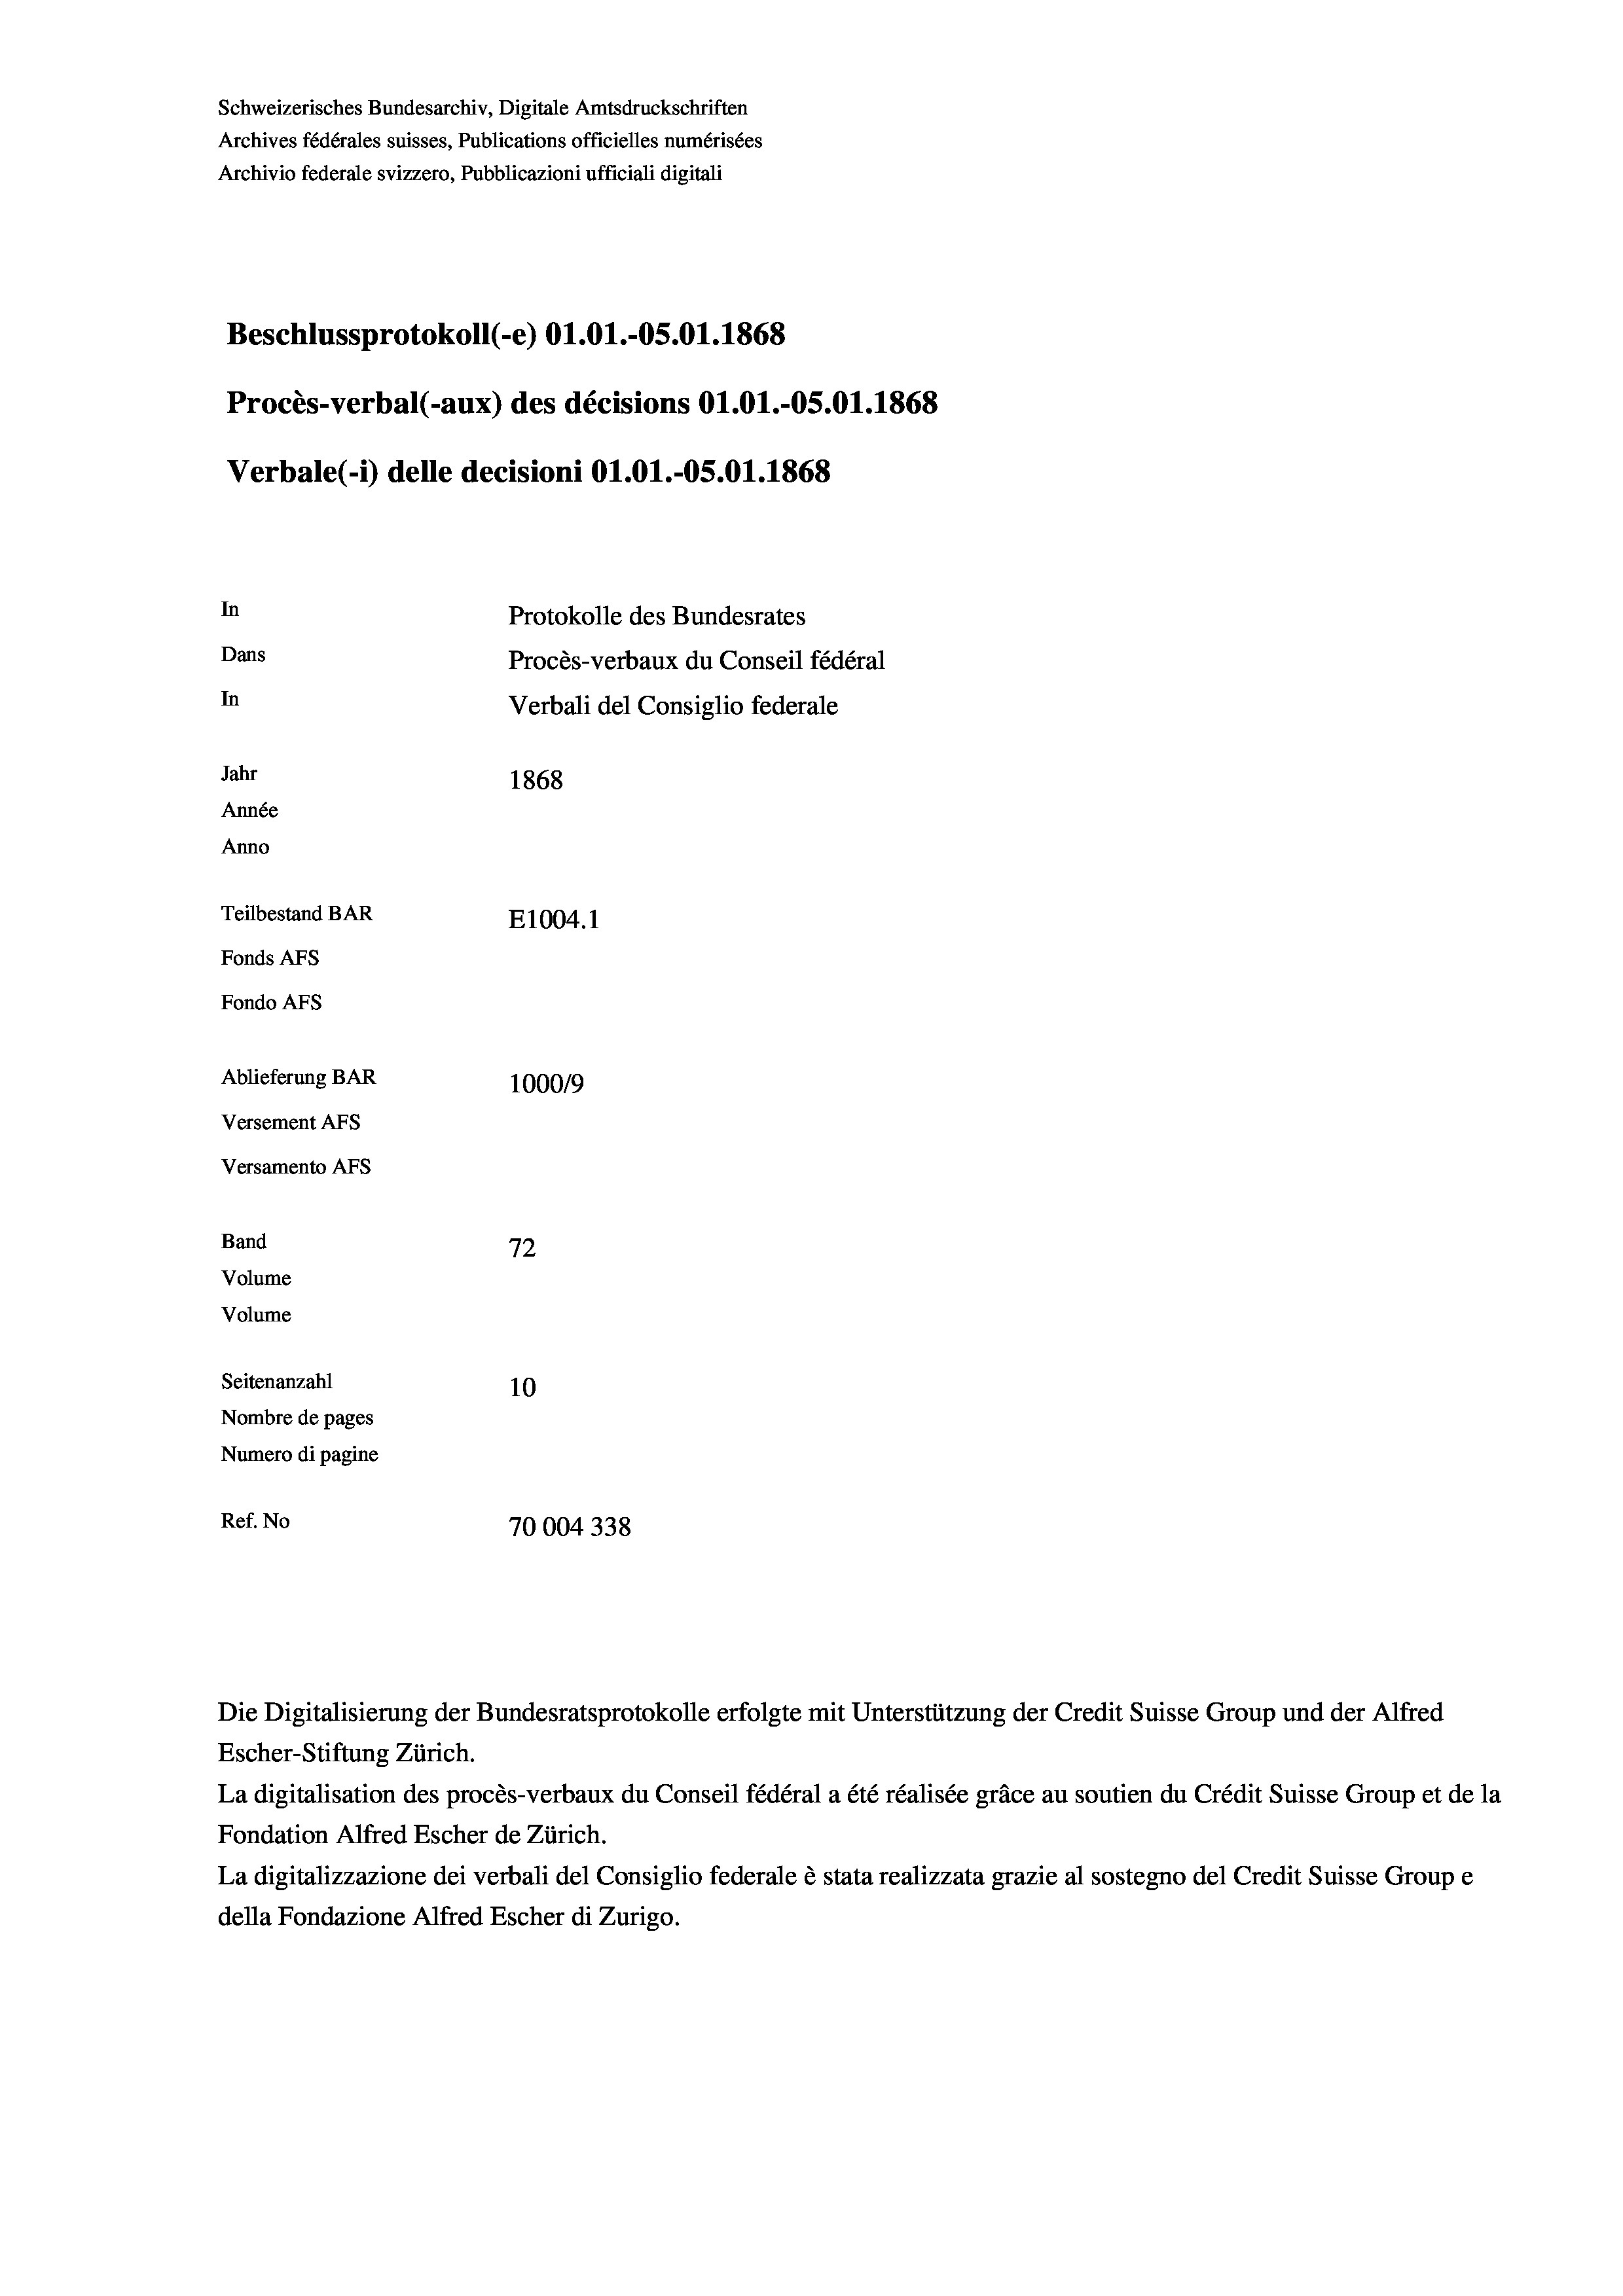
Schweizerisches Bundesarchiv, Digitale Amtsdruckschriften
Archives fédérales suisses, Publications officielles numérisées
Archivio federale svizzero, Pubblicazioni ufficiali digitali
Beschlussprotokoll (-e) O1.01.-OS.01. 1868
Procès-verbal (-aux) des décisions O1.01.-OS.01. 1868
Verbale(-*) delle decisioni Ol.O1.-OS.01. 1868
In
Protokolle des Bundesrates
Dans
Procès-verbaux du Conseil fédéral
In
Verbali del Consiglio federale
Jahr
1868
Année
Anno
Teilbestand BAR
E1004.1
Fonds AFs
Fondo Afs
Ablieferung BAR
100019
Versement AFs
Versamento AFs
Band
72
Volume
Volume
Seitenanzahl
10
Nombre de pages
Numero di pagine
Ref. No
70004338

Die Digitalisierung der Bundesratsprotokolle erfolgte mit Unterstützung der Credit Suisse Group und der Alfred

Escher-Stiftung Zürich.
La digitalisation des procès-verbaux du Conseil fédéral a été réalisée gräce au soutien du Crédit Suisse Group et de la
Fondation Alfred Escher de Zürich.
La digitalizzazione dei verbali del Consiglio federale è stata realizzata grazie al sostegno del Credit Suisse Groupe
della Fondazione Alfred Escher di Zurigo.